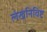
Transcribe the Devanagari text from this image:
लेखनिविष्ट